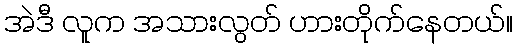
အဲဒီ လူက အသားလွတ် ဟားတိုက်နေတယ်။